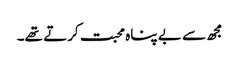
مجھ سے بے پناہ محبت کرتے تھے۔